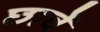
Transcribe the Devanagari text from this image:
छावें